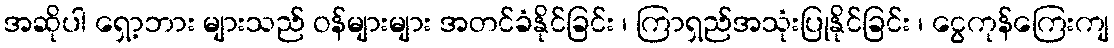
အဆိုပါ ရှော့ဘား များသည် ဝန်များများ အတင်ခံနိုင်ခြင်း ၊ ကြာရှည်အသုံးပြုနိုင်ခြင်း ၊ ငွေကုန်ကြေးကျ